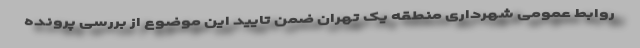
روابط عمومی شهرداری منطقه یک تهران ضمن تایید این موضوع از بررسی پرونده